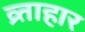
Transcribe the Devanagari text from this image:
व्र्ताहार